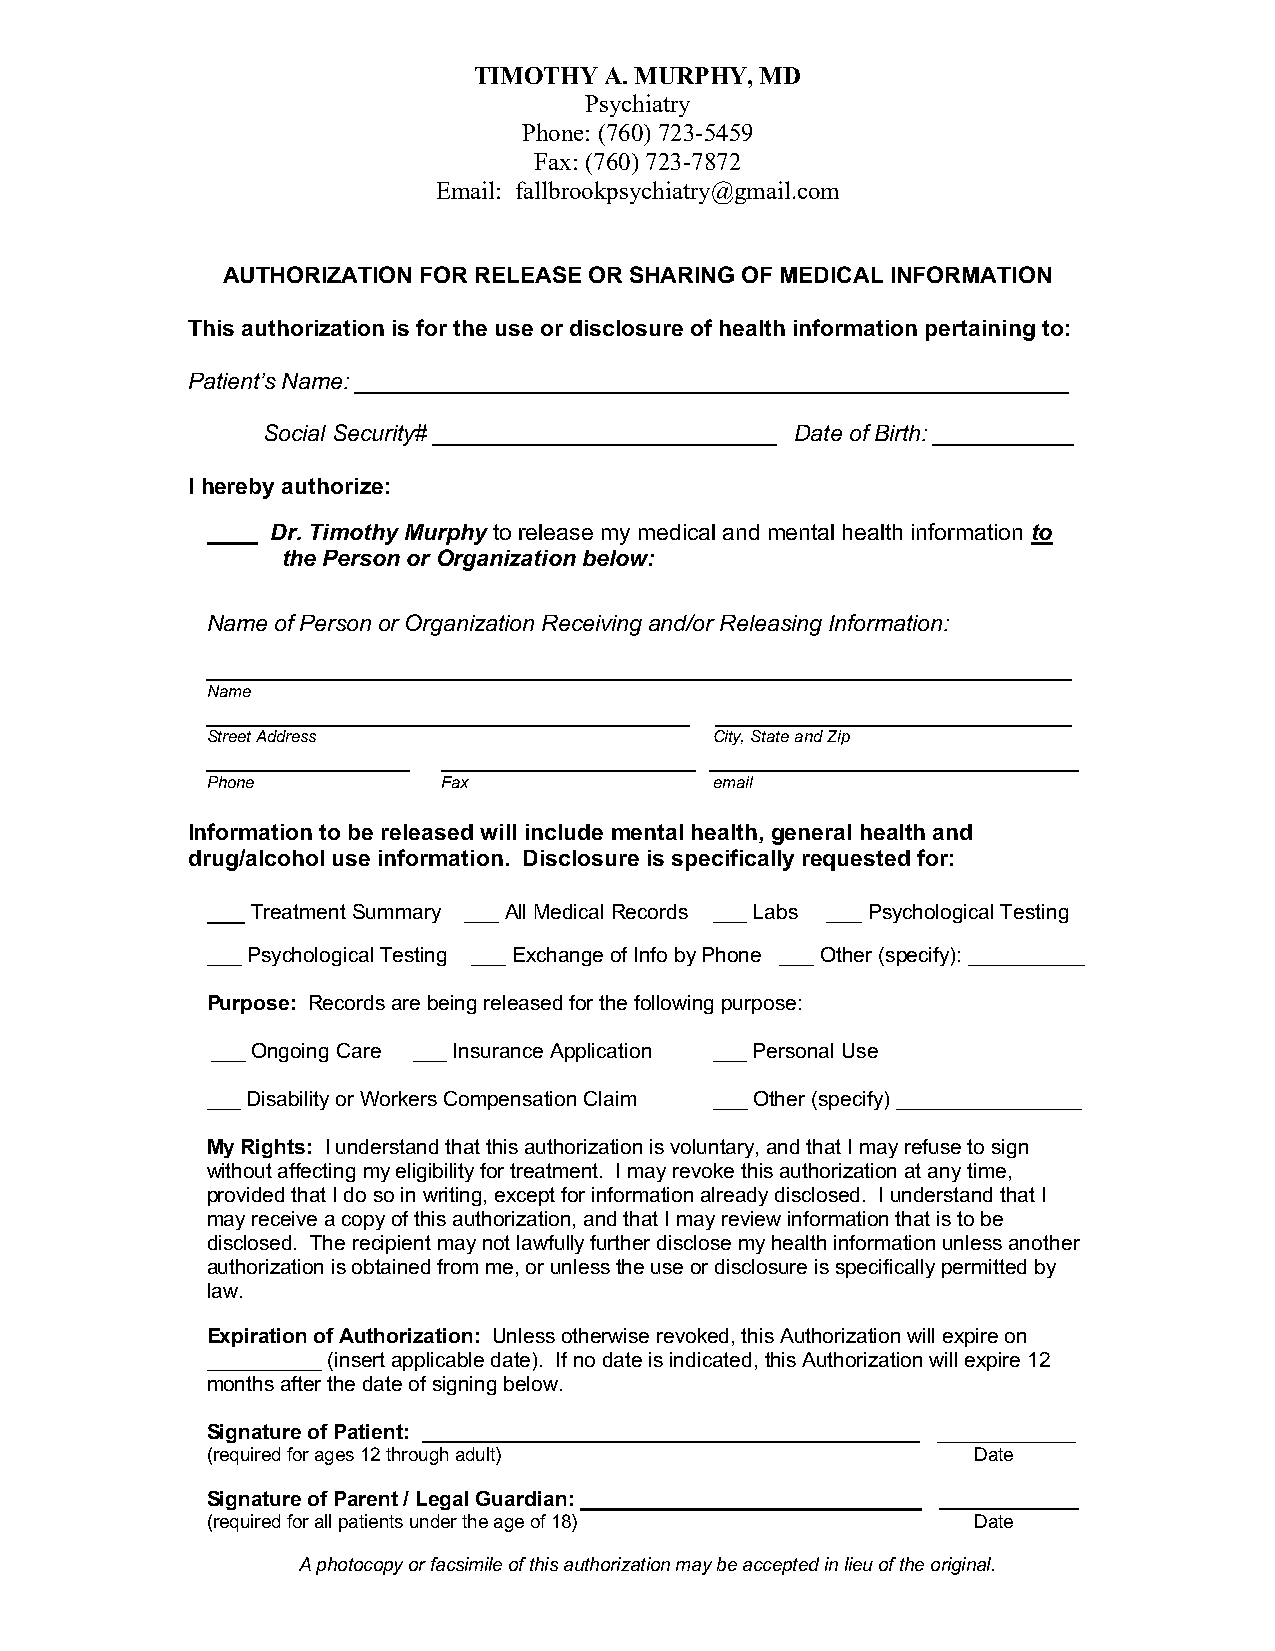
TIMOTHY  A. MURPHY, MD
 Psychiatry
 Phone: (760) 723-5459
 Fax: (760) 723-7872
 Email: fallbrookpsychiatry@gmail.com
 AUTHORIZATION FOR RELEASE OR SHARING OF MEDICAL INFORMATION
 This authorization is for the use or disclosure of health information pertaining to:
 Patient’s Name: ________________________________________________________
 Social Security# ___________________________ Date of Birth: ___________
 I hereby authorize:
 ____ Dr. Timothy Murphy to release my medical and mental health information to
 the Person or Organization below:
 Name of Person or Organization Receiving and/or Releasing Information:
 ____________________________________________________________________
 Name
 ______________________________________ ____________________________
 Street Address                   City, State and Zip
 ________________ ____________________ _____________________________
 Phone          Fax               email
 Information to be released will include mental health, general health and
 drug/alcohol use information. Disclosure is specifically requested for:
 ___ Treatment Summary ___ All Medical Records ___ Labs ___ Psychological Testing
 ___ Psychological Testing ___ Exchange of Info by Phone ___ Other (specify): __________
 Purpose: Records are being released for the following purpose:
 ___ Ongoing Care ___ Insurance Application ___ Personal Use
 ___ Disability or Workers Compensation Claim ___ Other (specify) ________________
 My Rights: I understand that this authorization is voluntary, and that I may refuse to sign
 without affecting my eligibility for treatment. I may revoke this authorization at any time,
 provided that I do so in writing, except for information already disclosed. I understand that I
 may receive a copy of this authorization, and that I may review information that is to be
 disclosed. The recipient may not lawfully further disclose my health information unless another
 authorization is obtained from me, or unless the use or disclosure is specifically permitted by
 law.
 Expiration of Authorization: Unless otherwise revoked, this Authorization will expire on
 __________ (insert applicable date). If no date is indicated, this Authorization will expire 12
 months after the date of signing below.
 Signature of Patient:                           ____________
 (required for ages 12 through adult)               Date
 Signature of Parent / Legal Guardian:           ____________
 (required for all patients under the age of 18)    Date
 A photocopy or facsimile of this authorization may be accepted in lieu of the original.